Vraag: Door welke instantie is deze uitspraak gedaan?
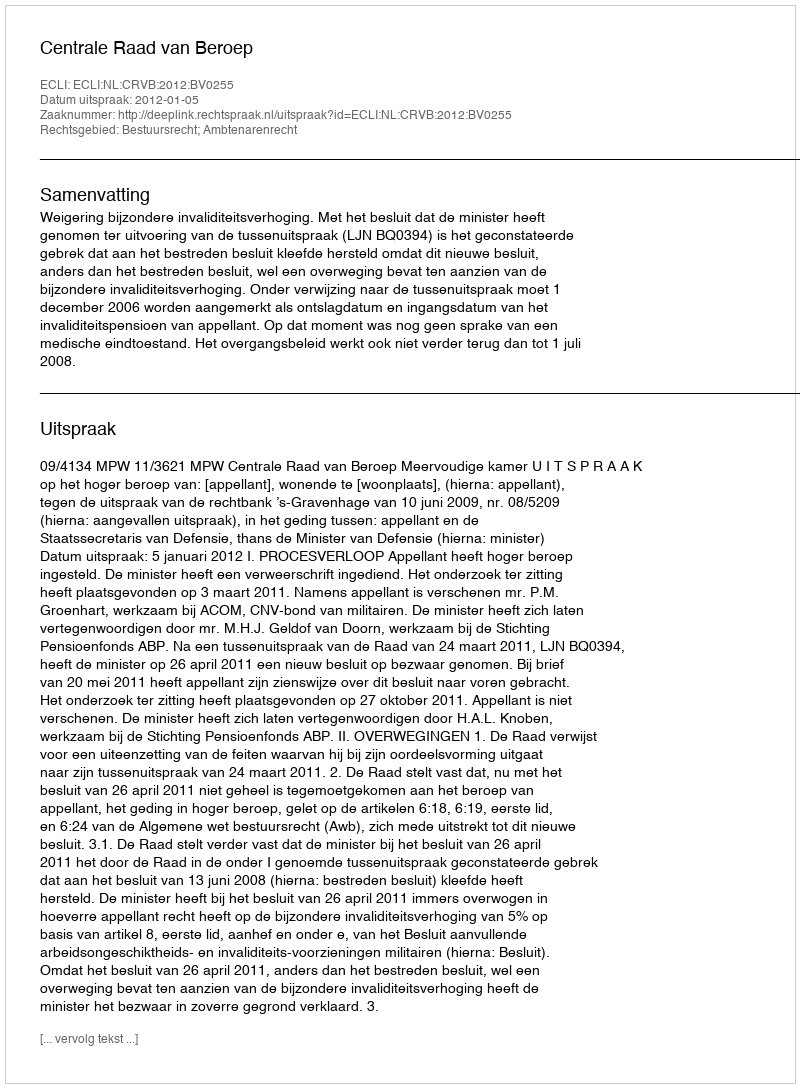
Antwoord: Centrale Raad van Beroep